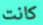
كانت